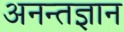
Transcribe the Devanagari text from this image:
अनन्तज्ञान